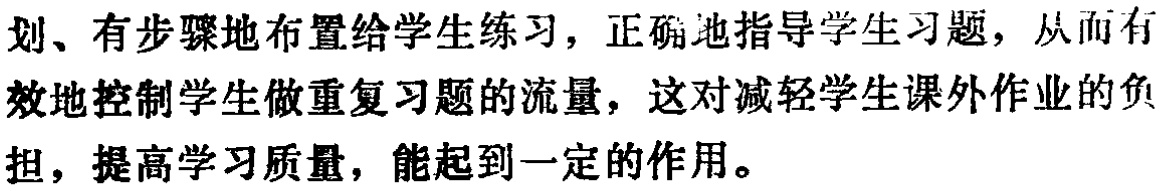
划、有步骤地布置给学生练习，正确地指导学生习题，从而有效地控制学生做重复习题的流量，这对减轻学生课外作业的负担，提高学习质量，能起到一定的作用。